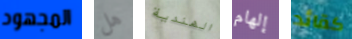
المجهود هل الهندية إلهام كقائد